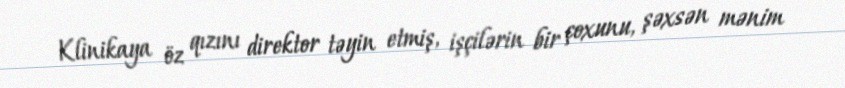
Klinikaya öz qızını direktor təyin etmiş, işçilərin bir çoxunu, şəxsən mənim